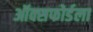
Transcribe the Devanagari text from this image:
ऑक्सफोर्डला